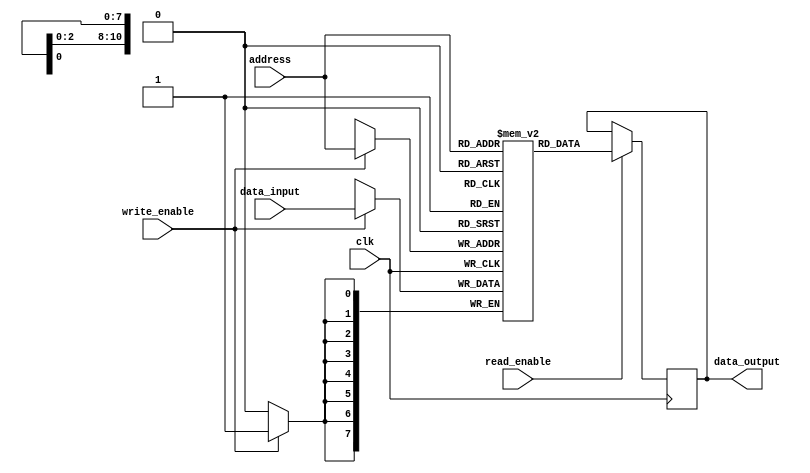
module SDRAM (
    input wire clk,
    input wire [7:0] data_input,
    input wire [10:0] address,
    input wire write_enable,
    input wire read_enable,
    output reg [7:0] data_output
);

reg [7:0] memory [0:2047];

always @(posedge clk) begin
    if (write_enable) begin
        memory[address] <= data_input;
    end

    if (read_enable) begin
        data_output <= memory[address];
    end
end

endmodule